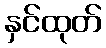
နှင်ထုတ်